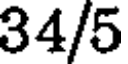
34/5